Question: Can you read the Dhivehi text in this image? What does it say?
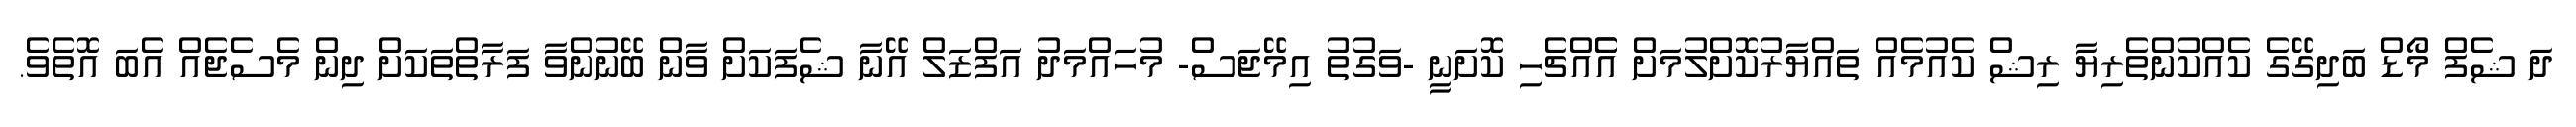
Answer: ދަ ޝެފް މޯޑް ބަދިގޭގެ ކެއްކުންތެރިޔާ ރިޝް ކެއުމެއް ތައްޔާރުކޮށްލުމަށް އެެއްޗެހި ކޮށަނީ -ވަގުތު އިމޭޖަސް- މުހައްމަދު އަފްޒަލް އޭނާ ޝެފަކަށް ވާން ބޭނުންވާ ފަރާތްތަކަށް ދިން މެސެޖެއް އެބަ އޮތެވެ.